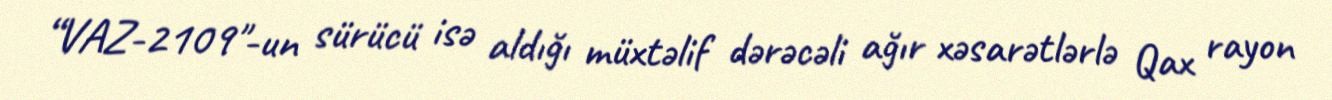
“VAZ-2109"-un sürücü isə aldığı müxtəlif dərəcəli ağır xəsarətlərlə Qax rayon